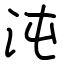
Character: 沌